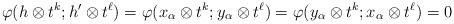
\begin{align*}\varphi(h \otimes t^k; h' \otimes t^\ell)= \varphi(x_\alpha \otimes t^k; y_\alpha \otimes t^\ell)= \varphi(y_\alpha \otimes t^k; x_\alpha \otimes t^\ell)= 0\end{align*}